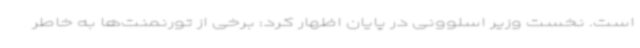
است. نخست وزیر اسلوونی در پایان اظهار کرد: برخی از تورنمنت‌ها به خاطر